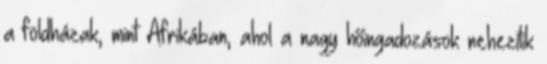
a földházak, mint Afrikában, ahol a nagy hőingadozások nehezítik